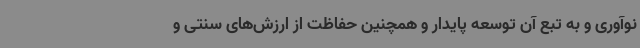
نوآوری و به تبع آن توسعه پایدار و همچنین حفاظت از ارزش‌های سنتی و